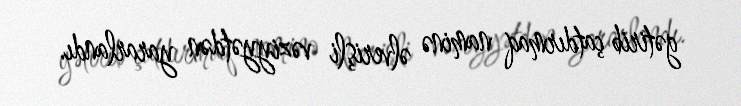
gətirib çatdırmaq naminə əlverişli vəziyyətdən yararlandı.